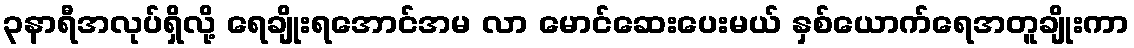
၃နာရီအလုပ်ရှိလို့ ရေချိုးရအောင်အမ လာ မောင်ဆေးပေးမယ် နှစ်ယောက်ရေအတူချိုးကာ